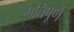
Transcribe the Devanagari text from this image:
गतिपूर्ण